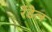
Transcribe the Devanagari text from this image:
रेंडेल